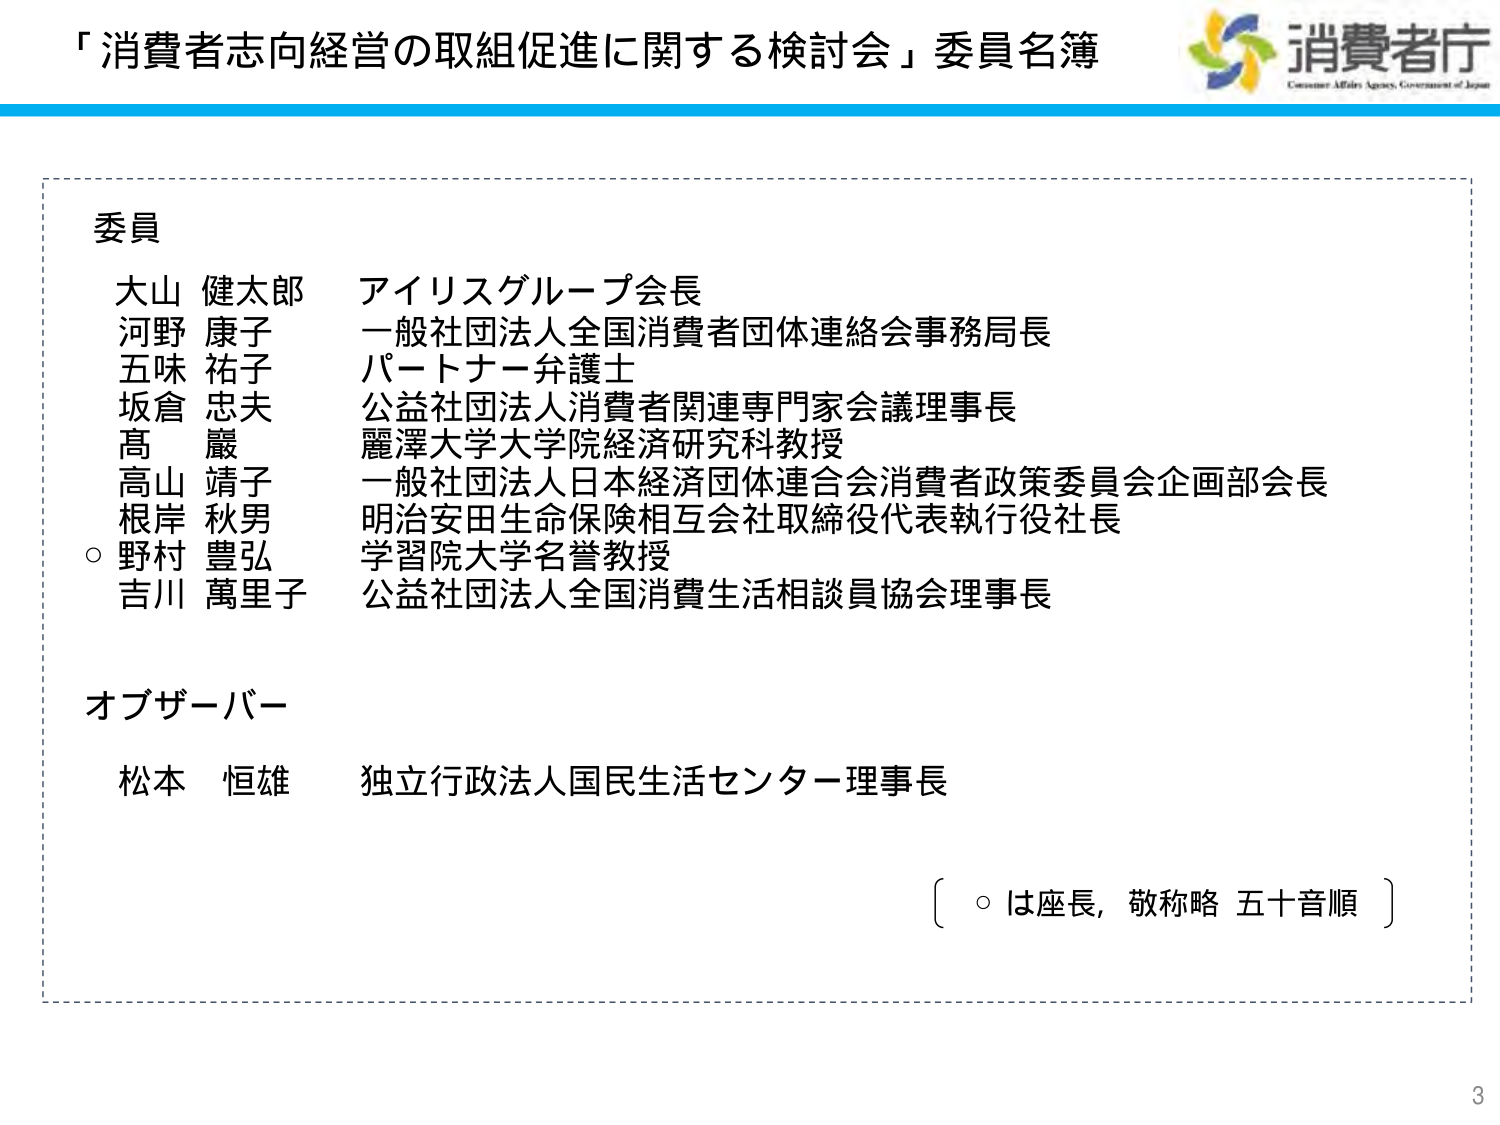
「消費者志向経営の取組促進に関する検討会」委員名簿

消費者庁
Consumer Affairs Agency, Government of Japan

委員
大山 健太郎 アイリスグループ会長
河野 康子 一般社団法人全国消費者団体連絡会事務局長
五味 祐子 パートナー弁護士
坂倉 忠夫 公益社団法人消費者関連専門家会議理事長
高 巖 麗澤大学大学院経済研究科教授
高山 靖子 一般社団法人日本経済団体連合会消費者政策委員会企画部会長
根岸 秋男 明治安田生命保険相互会社取締役代表執行役社長
○野村 豊弘 学習院大学名誉教授
吉川 萬里子 公益社団法人全国消費生活相談員協会理事長

オブザーバー
松本 恒雄 独立行政法人国民生活センター理事長

〔 ○は座長，敬称略 五十音順 〕

3